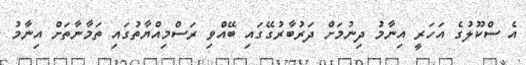
އެ ސްކޫލުގެ އަހަރީ އިނާމު ދިނުމަށް ދަރުބާރުގޭގައި ބޭއްވި ރަސްމިއްޔާތުގައި ތަމާނާތަށް އިނާމު